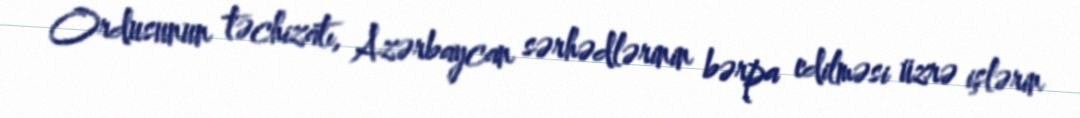
Ordusunun təchizatı, Azərbaycan sərhədlərinin bərpa edilməsi üzrə işlərin